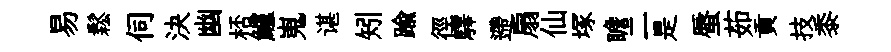
易鬆伺決幽桮鱸嵬谌矧踰徑驛遰扇仙塚瞻二是蜃茹貢技黍